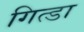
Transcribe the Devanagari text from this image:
गित्डा